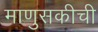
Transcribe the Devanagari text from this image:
माणुसकीची